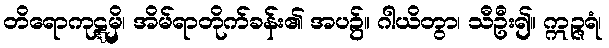
တိရောကုဋ္ဋမှိ၊ အိမ်ရာတိုက်ခန်း၏ အပ၌။ ဂါယိတွာ၊ သီဦး၍။ ဣဉ္ဇရံ၊